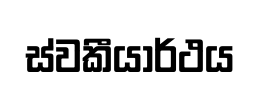
ස්වකීයාර්ථය